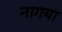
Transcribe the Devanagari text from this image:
नागया